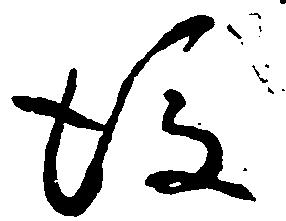
後